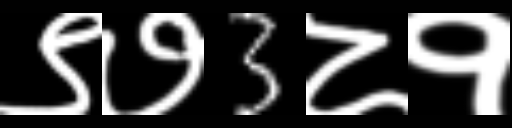
Text: ९७3८१